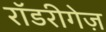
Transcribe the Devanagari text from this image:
रॉडरीगेज़